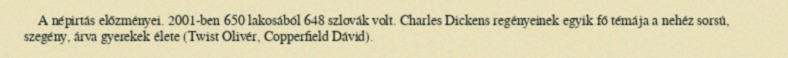
A népirtás előzményei. 2001-ben 650 lakosából 648 szlovák volt. Charles Dickens regényeinek egyik fő témája a nehéz sorsú, szegény, árva gyerekek élete (Twist Olivér, Copperfield Dávid).